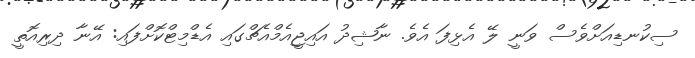
ސިކުނޑިއަށްވެސް ވަނީ ލޭ އެޅިފަ އެވެ. ނާޝިދު އައިޖީއެމްއެޗްގައި އެޑްމިޓްކޮށްފައި: އޭނާ ދިރިއޮތީ